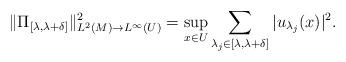
LaTeX: \begin{align*}\|\Pi_{[\lambda,\lambda+\delta]}\|_{L^2(M)\to L^\infty(U)}^2=\sup_{x\in U}\sum_{\lambda_j\in [\lambda,\lambda+\delta]}|u_{\lambda_j}(x)|^2.\end{align*}